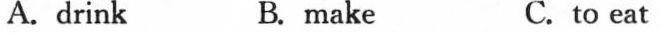
A.drink B.make C.to eat